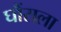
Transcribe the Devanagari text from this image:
घौंसला